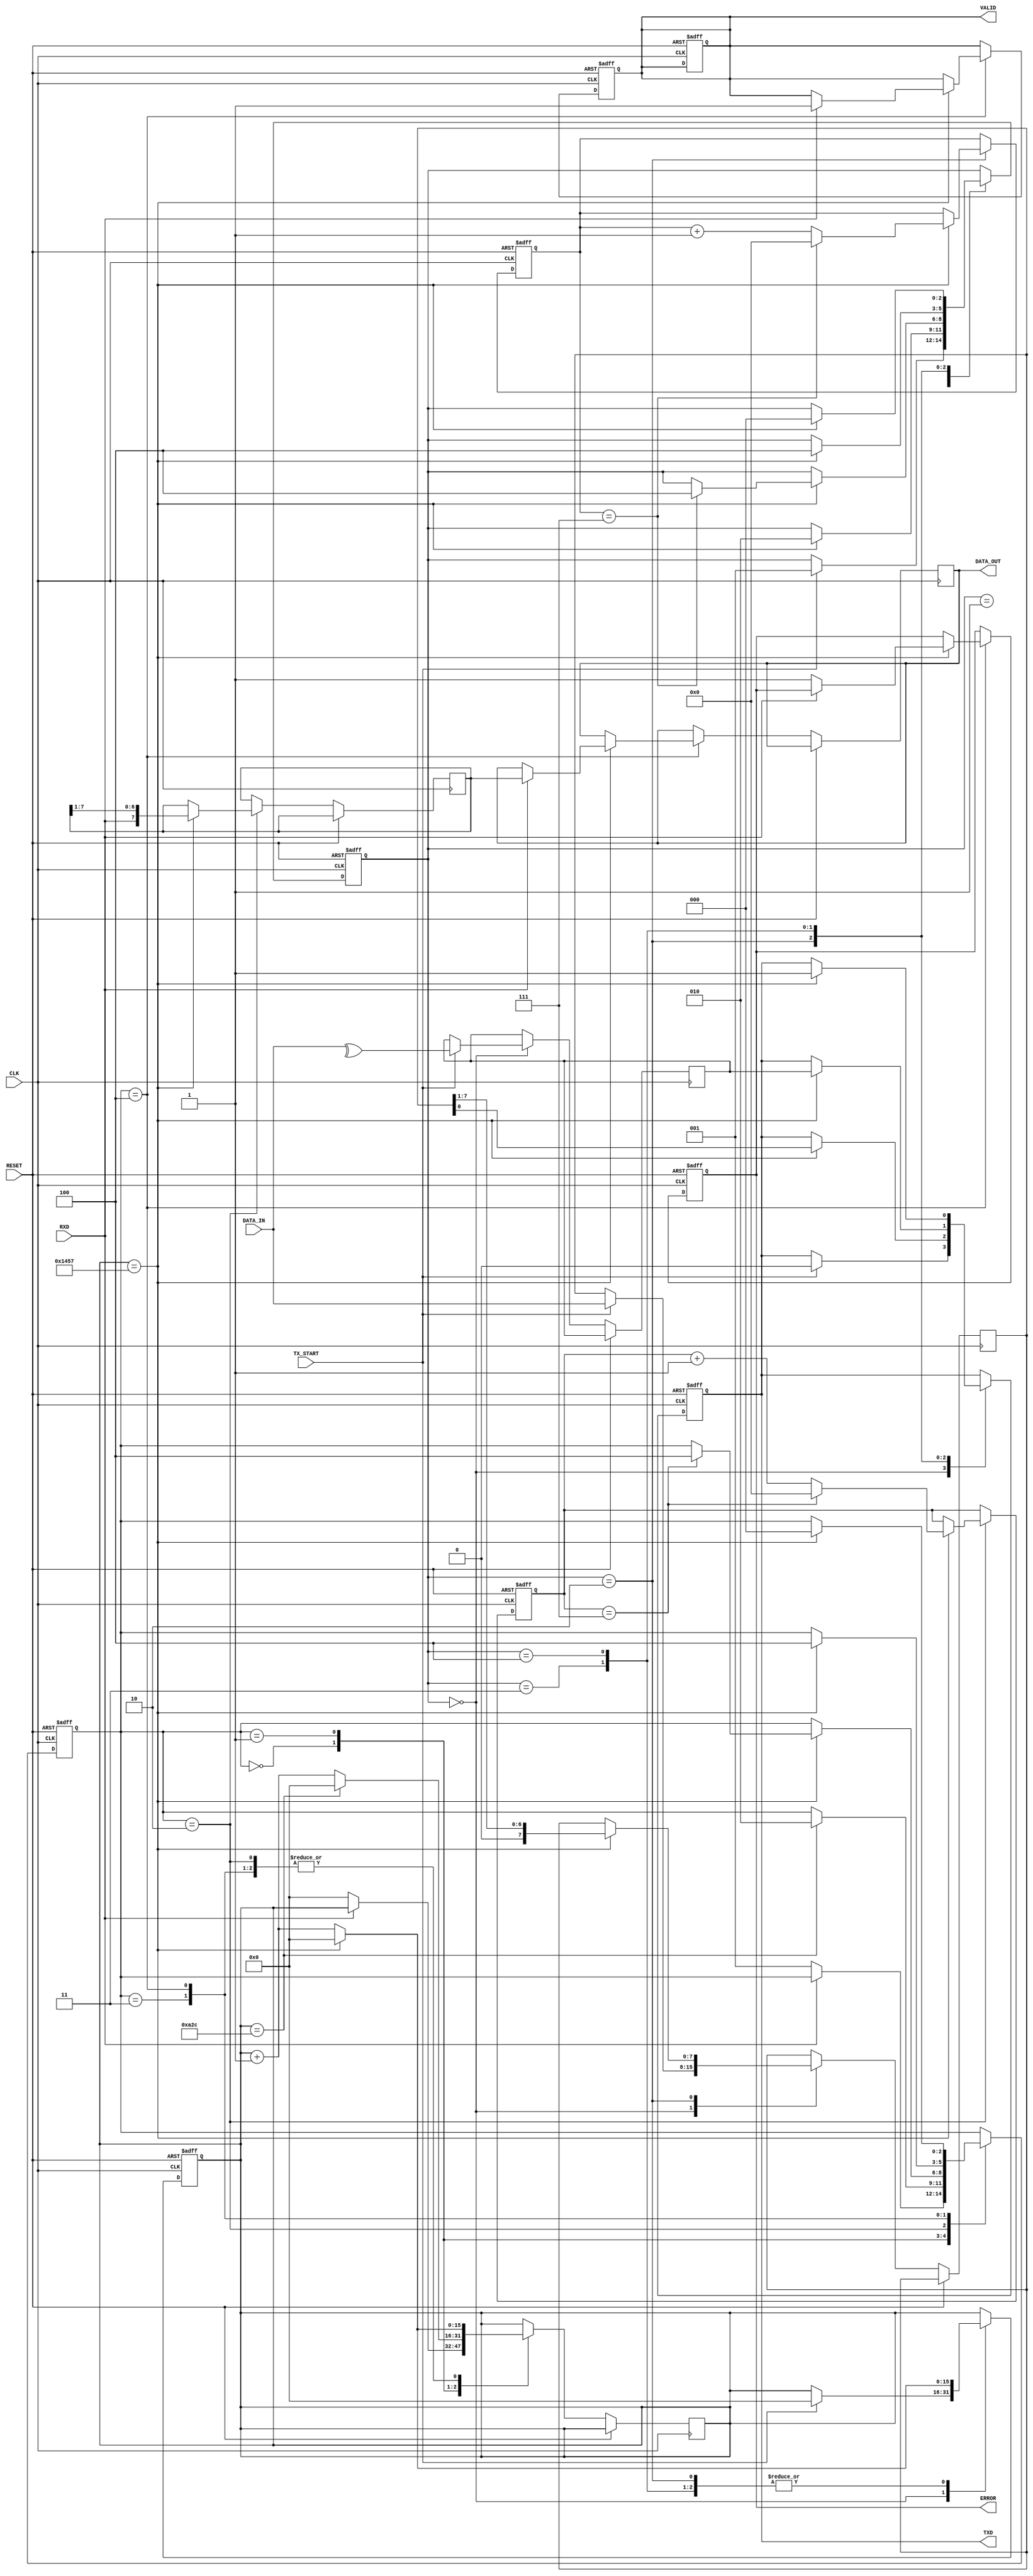
module parameterized_uart #(
    parameter BAUD_RATE = 9600,
    parameter DATA_BITS = 8,
    parameter STOP_BITS = 1,
    parameter PARITY = "NONE", // Options: "NONE", "EVEN", "ODD"
    parameter CLOCK_FREQ = 50000000 // 50 MHz
)(
    input wire CLK,
    input wire RESET,
    input wire [DATA_BITS-1:0] DATA_IN,
    input wire TX_START,
    output reg TXD,
    output reg [DATA_BITS-1:0] DATA_OUT,
    output reg VALID,
    output reg ERROR,
    input wire RXD
);

// Internal parameters
localparam BAUD_DIV = CLOCK_FREQ / BAUD_RATE;
localparam TOTAL_BITS = DATA_BITS + (PARITY != "NONE" ? 1 : 0) + STOP_BITS;

// TX State Definitions
localparam TX_IDLE = 0;
localparam TX_START_BIT = 1;
localparam TX_DATA_BITS = 2;
localparam TX_PARITY_BIT = 3;
localparam TX_STOP_BITS = 4;

reg [2:0] tx_state = TX_IDLE;
reg [3:0] tx_bit_counter = 0;
reg [15:0] baud_counter = 0;
reg [DATA_BITS-1:0] tx_shift_reg;
reg parity_bit;

// RX State Definitions
localparam RX_IDLE = 0;
localparam RX_START_BIT = 1;
localparam RX_DATA_BITS = 2;
localparam RX_PARITY_BIT = 3;
localparam RX_STOP_BITS = 4;

reg [2:0] rx_state = RX_IDLE;
reg [3:0] rx_bit_counter = 0;
reg [DATA_BITS-1:0] rx_shift_reg;
reg rx_parity;

// TX Process
always @(posedge CLK or posedge RESET) begin
    if (RESET) begin
        TXD <= 1'b1; // Idle state is high
        tx_state <= TX_IDLE;
        baud_counter <= 0;
        tx_bit_counter <= 0;
        VALID <= 1'b0;
    end else begin
        case (tx_state)
            TX_IDLE: begin
                if (TX_START) begin
                    tx_shift_reg <= DATA_IN;
                    parity_bit <= (PARITY == "EVEN") ? ~^DATA_IN : ^DATA_IN;
                    TXD <= 1'b0; // Start bit
                    tx_state <= TX_START_BIT;
                    baud_counter <= 0;
                end
            end

            TX_START_BIT: begin
                if (baud_counter == BAUD_DIV - 1) begin
                    baud_counter <= 0;
                    tx_state <= TX_DATA_BITS;
                end else begin
                    baud_counter <= baud_counter + 1;
                end
            end

            TX_DATA_BITS: begin
                if (baud_counter == BAUD_DIV - 1) begin
                    baud_counter <= 0;
                    TXD <= tx_shift_reg[0]; // Send LSB first
                    tx_shift_reg <= {1'b0, tx_shift_reg[DATA_BITS-1:1]};
                    tx_bit_counter <= tx_bit_counter + 1;
                    if (tx_bit_counter == DATA_BITS - 1) begin
                        tx_bit_counter <= 0;
                        if (PARITY != "NONE") begin
                            tx_state <= TX_PARITY_BIT;
                        end else begin
                            tx_state <= TX_STOP_BITS;
                        end
                    end
                end else begin
                    baud_counter <= baud_counter + 1;
                end
            end

            TX_PARITY_BIT: begin
                if (baud_counter == BAUD_DIV - 1) begin
                    baud_counter <= 0;
                    TXD <= parity_bit;
                    tx_state <= TX_STOP_BITS;
                end else begin
                    baud_counter <= baud_counter + 1;
                end
            end

            TX_STOP_BITS: begin
                if (baud_counter == BAUD_DIV - 1) begin
                    baud_counter <= 0;
                    TXD <= 1'b1; // Stop bit
                    tx_state <= TX_IDLE;
                end else begin
                    baud_counter <= baud_counter + 1;
                end
            end
        endcase
    end
end

// RX Process
always @(posedge CLK or posedge RESET) begin
    if (RESET) begin
        rx_state <= RX_IDLE;
        rx_bit_counter <= 0;
        VALID <= 1'b0;
        ERROR <= 1'b0;
    end else begin
        case (rx_state)
            RX_IDLE: begin
                if (!RXD) begin // Start bit detected
                    baud_counter <= 0;
                    rx_state <= RX_START_BIT;
                end
            end

            RX_START_BIT: begin
                if (baud_counter == BAUD_DIV / 2) begin // Sample in the middle of the start bit
                    baud_counter <= 0;
                    rx_state <= RX_DATA_BITS;
                end else begin
                    baud_counter <= baud_counter + 1;
                end
            end

            RX_DATA_BITS: begin
                if (baud_counter == BAUD_DIV - 1) begin
                    baud_counter <= 0;
                    rx_shift_reg <= {RXD, rx_shift_reg[DATA_BITS-1:1]}; // Shift in data
                    rx_bit_counter <= rx_bit_counter + 1;
                    if (rx_bit_counter == DATA_BITS - 1) begin
                        rx_bit_counter <= 0;
                        if (PARITY != "NONE") begin
                            rx_state <= RX_PARITY_BIT;
                        end else begin
                            rx_state <= RX_STOP_BITS;
                        end
                    end
                end else begin
                    baud_counter <= baud_counter + 1;
                end
            end

            RX_PARITY_BIT: begin
                if (baud_counter == BAUD_DIV - 1) begin
                    baud_counter <= 0;
                    rx_parity <= RXD;
                    if (PARITY == "EVEN" && parity_bit != rx_parity) begin
                        ERROR <= 1'b1; // Parity error
                    end else if (PARITY == "ODD" && parity_bit == rx_parity) begin
                        ERROR <= 1'b1; // Parity error
                    end
                    rx_state <= RX_STOP_BITS;
                end else begin
                    baud_counter <= baud_counter + 1;
                end
            end

            RX_STOP_BITS: begin
                if (baud_counter == BAUD_DIV - 1) begin
                    baud_counter <= 0;
                    if (RXD) begin // Valid stop bit
                        DATA_OUT <= rx_shift_reg;
                        VALID <= 1'b1; // Data valid
                    end else begin
                        ERROR <= 1'b1; // Framing error
                    end
                    rx_state <= RX_IDLE;
                end else begin
                    baud_counter <= baud_counter + 1;
                end
            end
        endcase
    end
end

endmodule